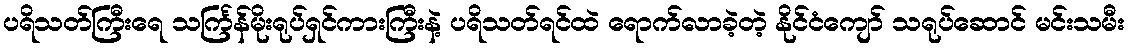
ပရိသတ်ကြီးရေ သင်္ကြန်မိုးရုပ်ရှင်ကားကြီးနဲ့ ပရိသတ်ရင်ထဲ ရောက်လာခဲ့တဲ့ နိုင်ငံကျော် သရုပ်ဆောင် မင်းသမီး